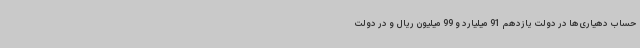
حساب دهیاری‌ها در دولت یازدهم 91 میلیارد و 99 میلیون ریال و در دولت